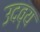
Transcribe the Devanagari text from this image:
उदव्य